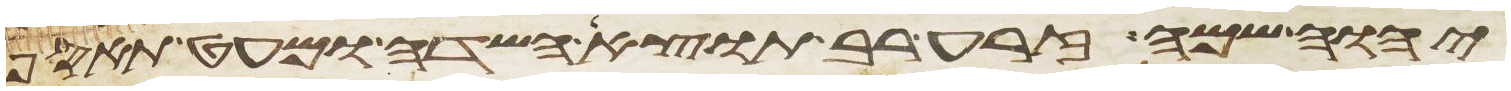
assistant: יהוה שמה זרע רב תוצא השדה ומעט תאסף